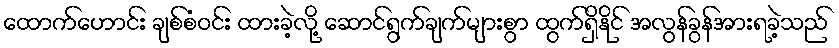
ထောက်ဟောင်း ချစ်စံဝင်း ထားခဲ့လို့ ဆောင်ရွက်ချက်များစွာ ထွက်ရှိနိုင် အလွန်ခွန်အားရခဲ့သည်